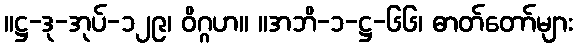
။ဋ္ဌ-ဒု-အုပ်-၁၂၉၊ ဝိဂ္ဂဟ။ ။အဘိ-၁-ဋ္ဌ-၆၆၊ ဓာတ်တော်များ